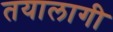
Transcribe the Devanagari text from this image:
तयालागी